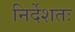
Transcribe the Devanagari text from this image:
निर्देशतः